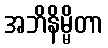
အဘိနိမ္မိတာ